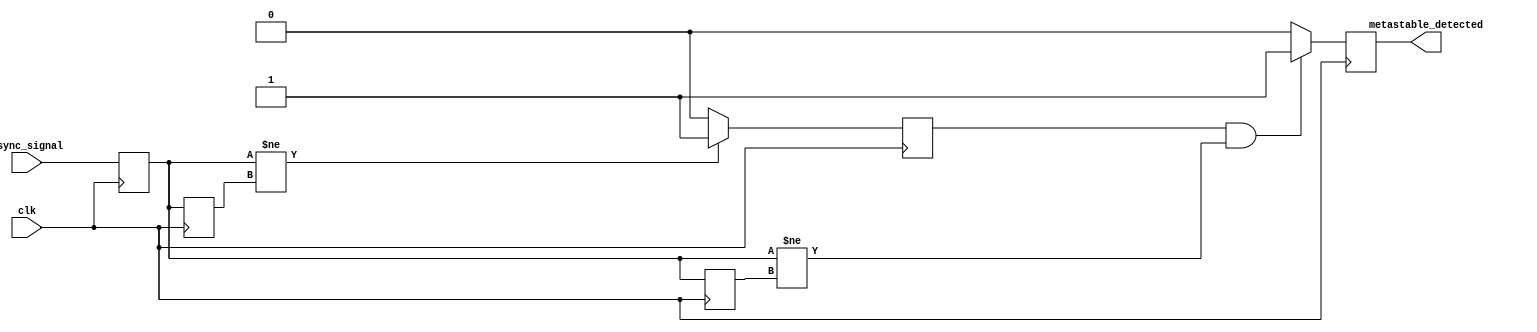
module metastability_detector (
    input wire clk,            // Clock signal
    input wire async_signal,   // Asynchronous input signal
    output reg metastable_detected // Output indicating metastability
);

    // Internal signals
    reg dff1_q, dff2_q;       // Outputs of the D flip-flops
    reg dff1_q_prev;          // Previous state of the first D flip-flop
    reg pulse;                // Pulse signal indicating state change

    // D Flip-Flops to sample the asynchronous signal
    always @(posedge clk) begin
        dff1_q <= async_signal;    // Sample the asynchronous input
        dff2_q <= dff1_q;          // Cascade to second D flip-flop
    end

    // Pulse generation: Generate a pulse on the rising edge of dff1_q
    always @(posedge clk) begin
        if (dff1_q != dff1_q_prev) begin
            pulse <= 1'b1;          // Generate pulse on state change
        end else begin
            pulse <= 1'b0;          // Clear pulse if no state change
        end
        dff1_q_prev <= dff1_q;      // Update previous state
    end

    // Metastability detection logic
    always @(posedge clk) begin
        // Check if dff1_q changes while dff2_q remains stable
        if (pulse && (dff1_q != dff2_q)) begin
            metastable_detected <= 1'b1; // Indicate metastability detected
        end else begin
            metastable_detected <= 1'b0; // Clear detection
        end
    end

endmodule